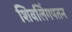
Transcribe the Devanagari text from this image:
शिवलिंगपतन